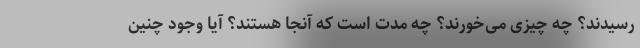
رسیدند؟ چه چیزی می‌خورند؟ چه مدت است که آنجا هستند؟ آیا وجود چنین